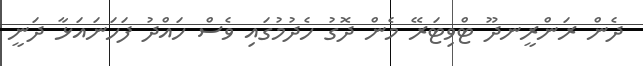
ދެން ރަންރީނދޫ ޓްވިޓަރޭ މެން ދޮގު ހެދުމުގައި ވެސް ހައްދު ފަހަނައަޅާ ދަނީ